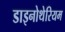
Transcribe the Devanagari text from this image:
डाइनोथेरियम